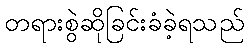
တရားစွဲဆိုခြင်းခံခဲ့ရသည်